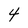
Character: 4